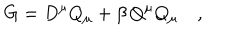
G = D ^ { \mu } Q _ { \mu } + \beta \, Q ^ { \mu } Q _ { \mu } \quad ,